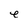
Character: e